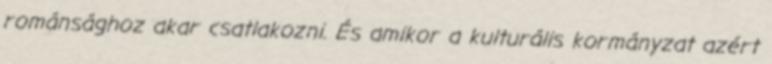
románsághoz akar csatlakozni. És amikor a kulturális kormányzat azért